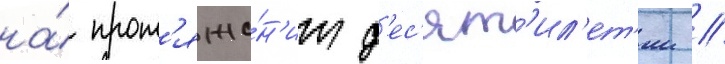
на́ прот'яже́н'ии д'ес'ят'ил'ет'ии //